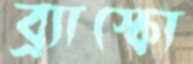
ব্র্যাস্কো